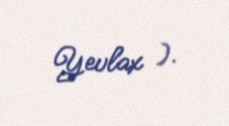
Yevlax ).